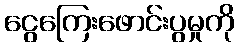
ငွေကြေးဖောင်းပွမှုကို